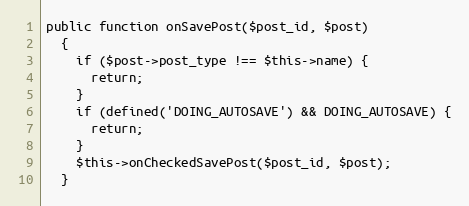
Language: PHP
public function onSavePost($post_id, $post)
  {
    if ($post->post_type !== $this->name) {
      return;
    }
    if (defined('DOING_AUTOSAVE') && DOING_AUTOSAVE) {
      return;
    }
    $this->onCheckedSavePost($post_id, $post);
  }